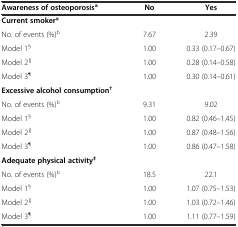
<table><thead><tr><td><b>Awareness of osteoporosis<sup>a</sup></b></td><td><b>No</b></td><td><b>Yes</b></td></tr></thead><tbody><tr><td><b>Current smoker*</b></td><td></td><td></td></tr><tr><td>No. of events (%)<sup>b</sup></td><td>7.67</td><td>2.39</td></tr><tr><td>Model 1<sup>§</sup></td><td>1.00</td><td>0.33 (0.17–0.67)</td></tr><tr><td>Model 2<sup><b>∥</b></sup></td><td>1.00</td><td>0.28 (0.14–0.58)</td></tr><tr><td>Model 3<sup>¶</sup></td><td>1.00</td><td>0.30 (0.14–0.61)</td></tr><tr><td><b>Excessive alcohol consumption</b><sup><b>†</b></sup></td><td></td><td></td></tr><tr><td>No. of events (%)<sup>b</sup></td><td>9.31</td><td>9.02</td></tr><tr><td>Model 1<sup>§</sup></td><td>1.00</td><td>0.82 (0.46–1.45)</td></tr><tr><td>Model 2<sup><b>∥</b></sup></td><td>1.00</td><td>0.87 (0.48–1.56)</td></tr><tr><td>Model 3<sup>¶</sup></td><td>1.00</td><td>0.86 (0.47–1.58)</td></tr><tr><td><b>Adequate physical activity</b><sup><b>‡</b></sup></td><td></td><td></td></tr><tr><td>No. of events (%)<sup>b</sup></td><td>18.5</td><td>22.1</td></tr><tr><td>Model 1<sup>§</sup></td><td>1.00</td><td>1.07 (0.75–1.53)</td></tr><tr><td>Model 2<sup><b>∥</b></sup></td><td>1.00</td><td>1.03 (0.72–1.46)</td></tr><tr><td>Model 3<sup>¶</sup></td><td>1.00</td><td>1.11 (0.77–1.59)</td></tr></tbody></table>